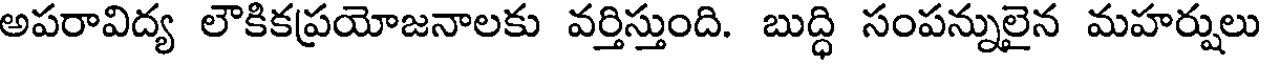
అపరావిద్య లౌకికప్రయోజనాలకు వర్తిస్తుంది. బుద్ధి సంపన్నులైన మహర్షులు